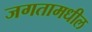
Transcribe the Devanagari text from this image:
जगतामधील